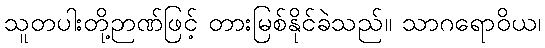
သူတပါးတို့ဉာဏ်ဖြင့် တားမြစ်နိုင်ခဲသည်။ သာဂရောဝိယ၊